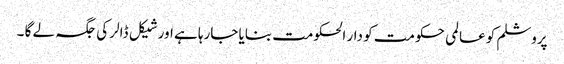
پروشلم کو عالمی حکومت کو دار الحکومت بنایا جارہا ہے اور شیکل ڈالر کی جگہ لے گا ۔